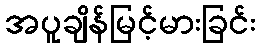
အပူချိန်မြင့်မားခြင်း